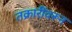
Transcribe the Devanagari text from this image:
तक्रारींवरून